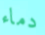
دماء